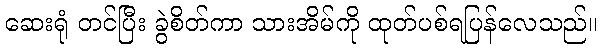
ဆေးရုံ တင်ပြီး ခွဲစိတ်ကာ သားအိမ်ကို ထုတ်ပစ်ရပြန်လေသည်။